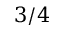
3 / 4